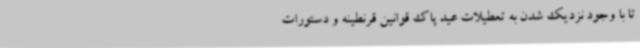
تا با وجود نزدیک شدن به تعطیلات عید پاک قوانین قرنطینه و دستورات